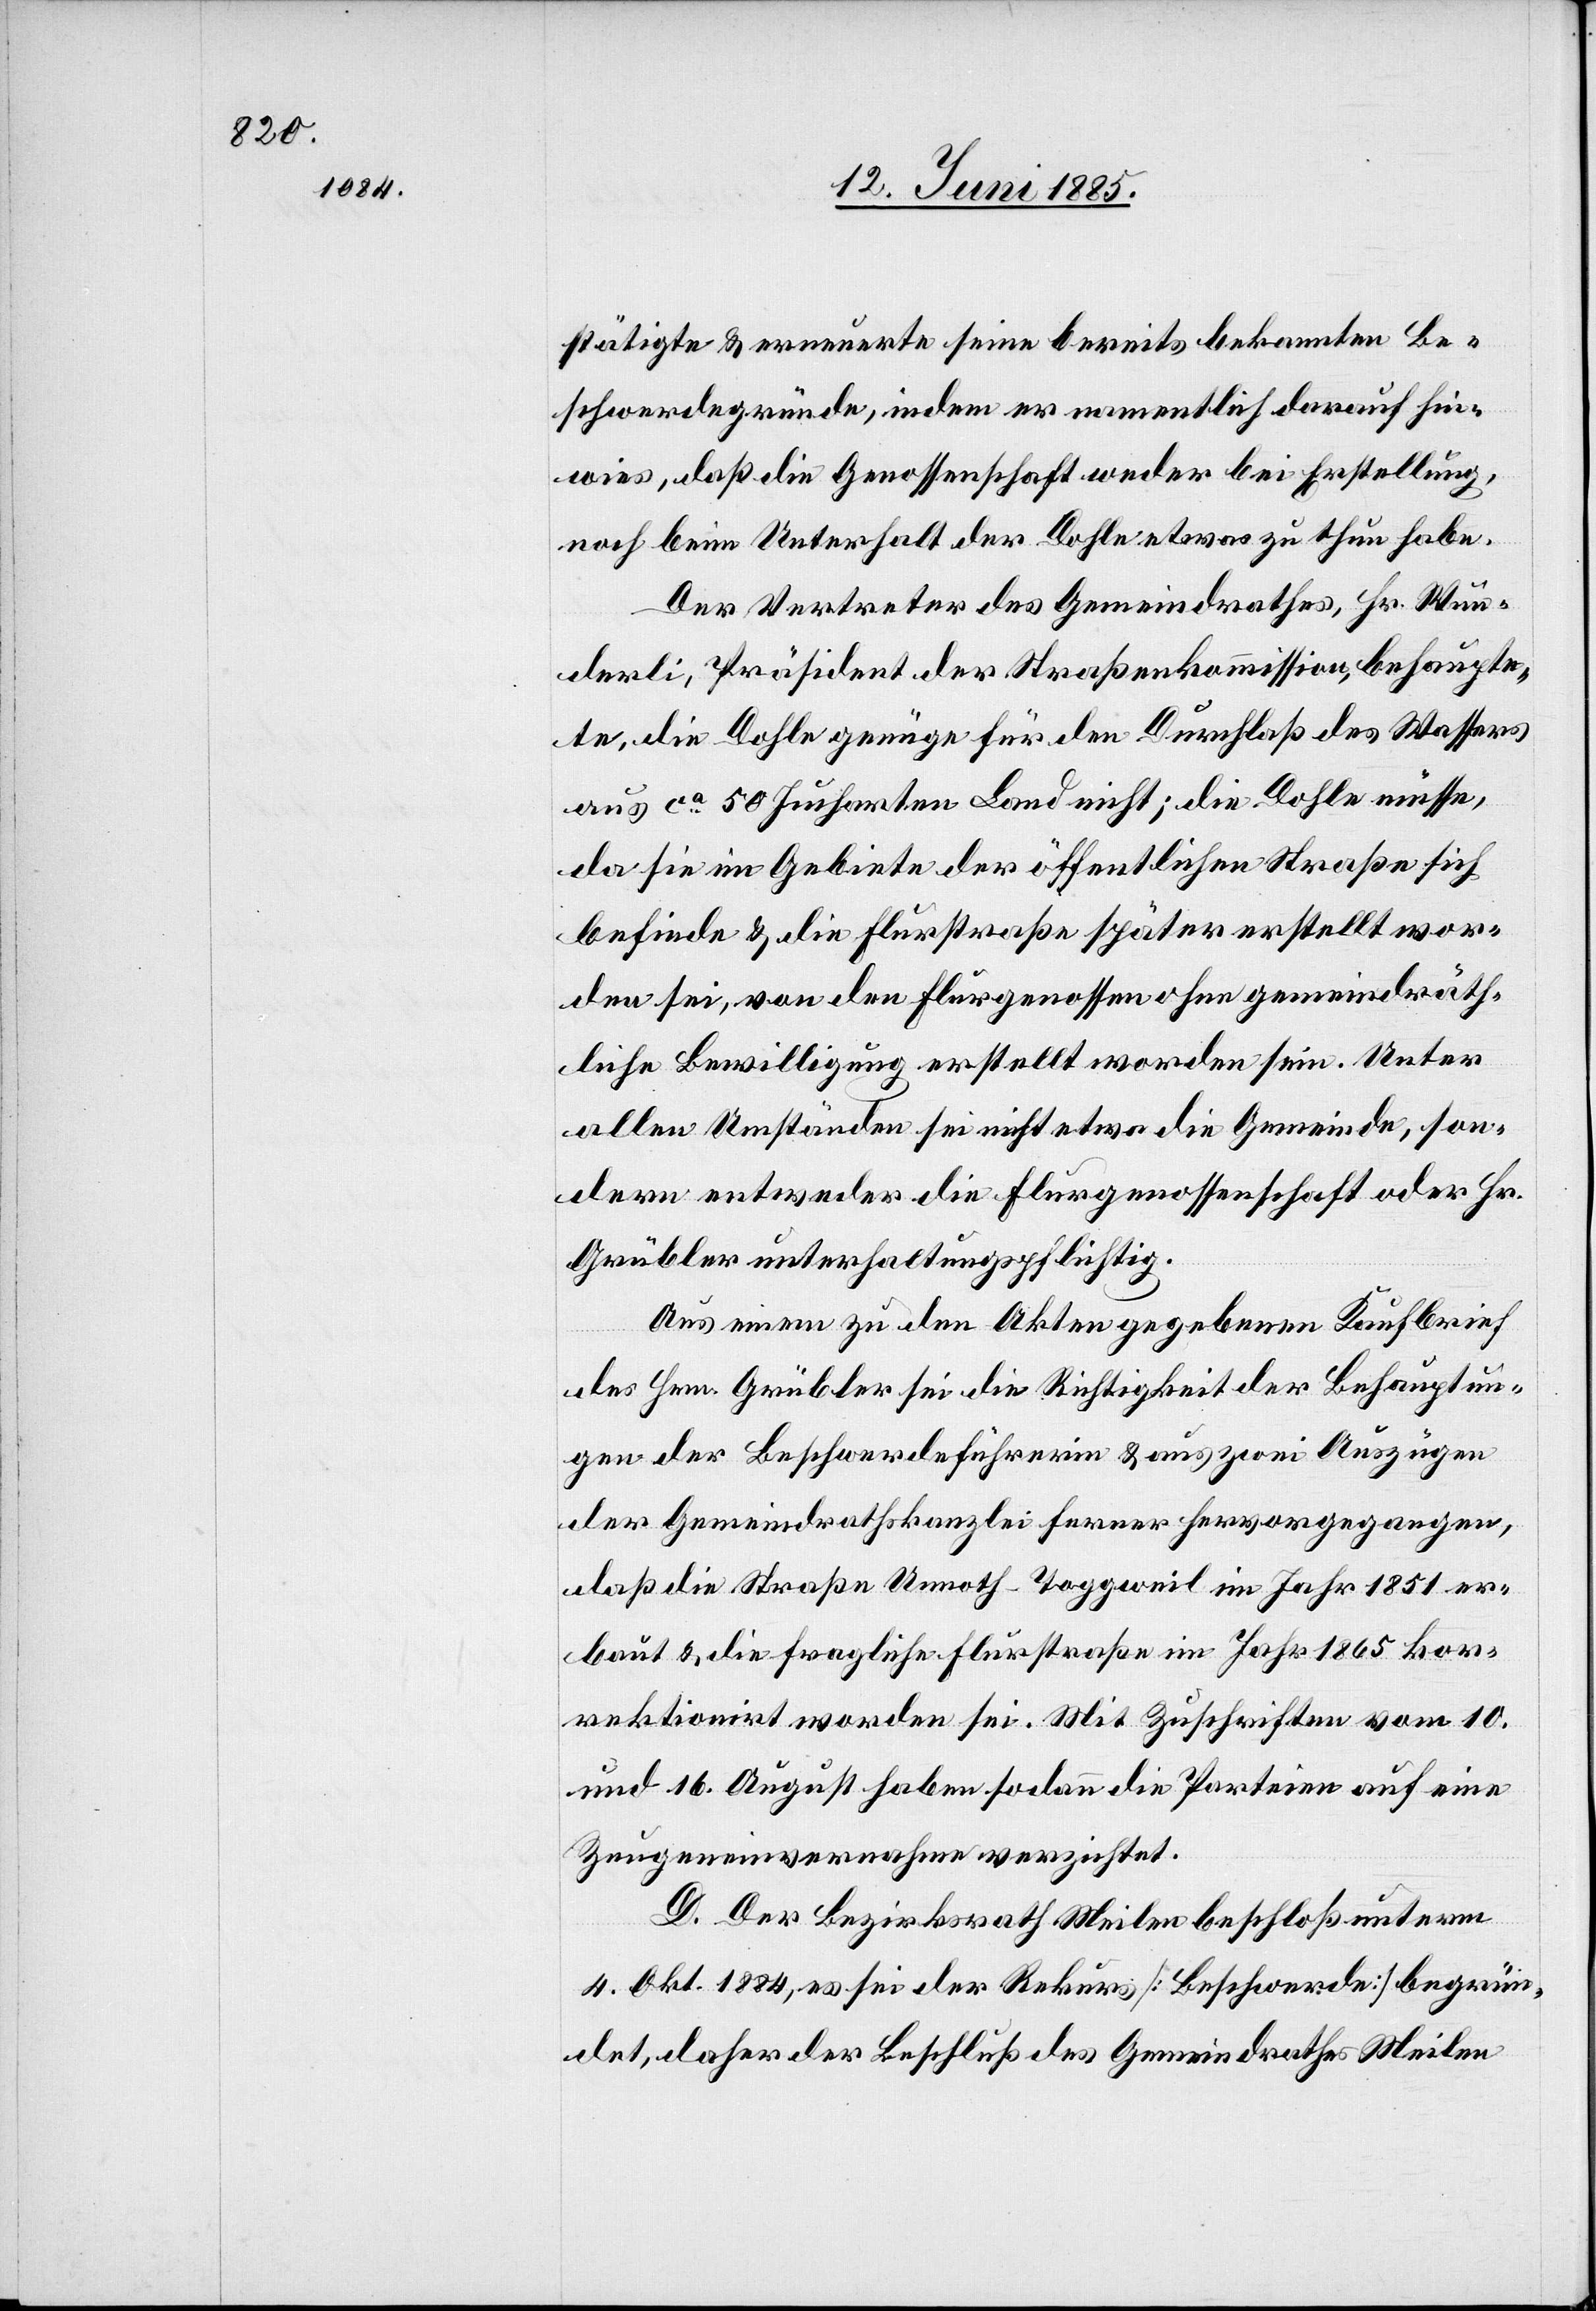
stätigte & erneuerte seine bereits bekannten Be¬
schwerdegründe, indem er namentlich darauf hin¬
wies, daß die Genossenschaft weder bei Erstellung,
noch beim Unterhalt der Dohle etwas zu thun habe.
Der Vertreter des Gemeindrathes, Hr. Wun¬
derli, Präsident der Straßenkommission, behaupte¬
te, die Dohle genüge für den Durchlaß des Wassers
aus ca 50 Jucharten Land nicht; die Dohle müsse,
da sie im Gebiete der öffentlichen Straße sich
befinde & die Flurstraße später erstellt wor¬
den sei, von den Flurgenossen ohne gemeindräth¬
liche Bewilligung erstellt worden sein. Unter
allen Umständen sei nicht etwa die Gemeinde, son¬
dern entweder die Flurgenossenschaft oder Hr.
Grübler unterhaltungspflichtig.
Aus einem zu den Akten gegebenen Kaufbrief
des Hrn. Grübler sei die Richtigkeit der Behauptun¬
gen der Beschwerdeführerin & aus zwei Auszügen
der Gemeindrathskanzlei ferner hervorgegangen,
daß die Straße Unnoth–Toggweil im Jahr 1851 er¬
baut & die fragliche Flurstraße im Jahr 1865 kor¬
rektionirt worden sei. Mit Zuschriften vom 10.
und 16. August haben sodann die Parteien auf eine
Zeugeneinvernahme verzichtet.
D. Der Bezirksrath Meilen beschloß unterm
4. Okt. 1884, es sei der Rekurs [Beschwerde] begrün¬
det, daher der Beschluß des Gemeindrathes Meilen